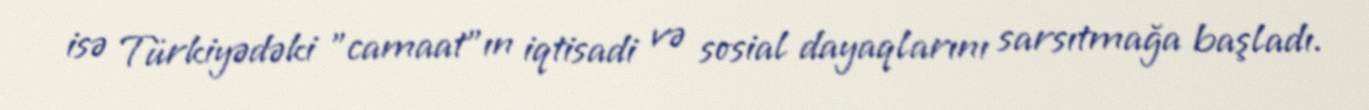
isə Türkiyədəki "camaat"ın iqtisadi və sosial dayaqlarını sarsıtmağa başladı.